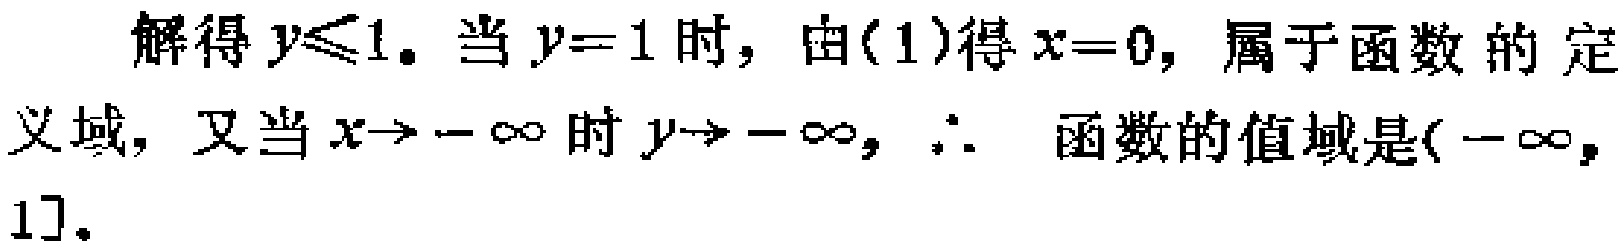
解得\(y\leqslant1\)。当\(y = 1\)时，由(1)得\(x = 0\)，属于函数的定义域，又当\(x\rightarrow -\infty\)时\(y\rightarrow -\infty\)，\(\therefore\) 函数的值域是\((-\infty,1]\)。